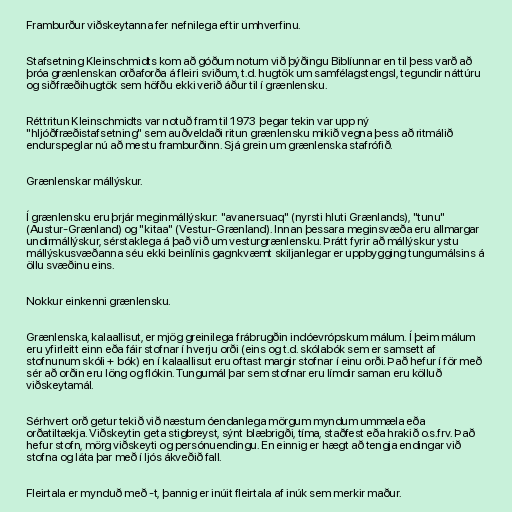
Framburður viðskeytanna fer nefnilega eftir umhverfinu.

Stafsetning Kleinschmidts kom að góðum notum við þýðingu Biblíunnar en til þess varð að
þróa grænlenskan orðaforða á fleiri sviðum, t.d. hugtök um samfélagstengsl, tegundir náttúru
og siðfræðihugtök sem höfðu ekki verið áður til í grænlensku.

Réttritun Kleinschmidts var notuð fram til 1973 þegar tekin var upp ný
"hljóðfræðistafsetning" sem auðveldaði ritun grænlensku mikið vegna þess að ritmálið
endurspeglar nú að mestu framburðinn. Sjá grein um grænlenska stafrófið.

Grænlenskar mállýskur.

Í grænlensku eru þrjár meginmállýskur: "avanersuaq" (nyrsti hluti Grænlands), "tunu"
(Austur-Grænland) og "kitaa" (Vestur-Grænland). Innan þessara meginsvæða eru allmargar
undirmállýskur, sérstaklega á það við um vesturgrænlensku. Þrátt fyrir að mállýskur ystu
mállýskusvæðanna séu ekki beinlínis gagnkvæmt skiljanlegar er uppbygging tungumálsins á
öllu svæðinu eins.

Nokkur einkenni grænlensku.

Grænlenska, kalaallisut, er mjög greinilega frábrugðin indóevrópskum málum. Í þeim málum
eru yfirleitt einn eða fáir stofnar í hverju orði (eins og t.d. skólabók sem er samsett af
stofnunum skóli + bók) en í kalaallisut eru oftast margir stofnar í einu orði. Það hefur í för með
sér að orðin eru löng og flókin. Tungumál þar sem stofnar eru límdir saman eru kölluð
viðskeytamál.

Sérhvert orð getur tekið við næstum óendanlega mörgum myndum ummæla eða
orðatiltækja. Viðskeytin geta stigbreyst, sýnt blæbrigði, tíma, staðfest eða hrakið o.s.frv. Það
hefur stofn, mörg viðskeyti og persónuendingu. En einnig er hægt að tengja endingar við
stofna og láta þar með í ljós ákveðið fall.

Fleirtala er mynduð með -t, þannig er inúit fleirtala af inúk sem merkir maður.